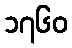
၁၇၆၀